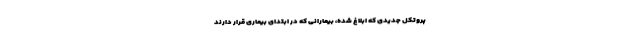
پروتکل جدیدی که ابلاغ شده، بیمارانی که در ابتدای بیماری قرار دارند